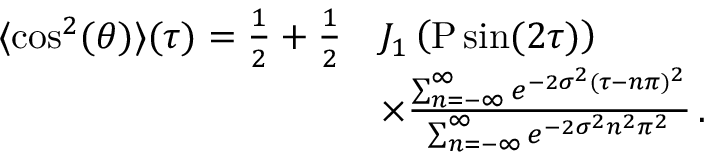
\begin{array} { r l } { \langle \cos ^ { 2 } ( \theta ) \rangle ( \tau ) = \frac { 1 } { 2 } + \frac { 1 } { 2 } } & { J _ { 1 } \left( \mathrm { P } \sin ( 2 \tau ) \right) } \\ & { \times \frac { \sum _ { n = - \infty } ^ { \infty } e ^ { - 2 \sigma ^ { 2 } ( \tau - n \pi ) ^ { 2 } } } { \sum _ { n = - \infty } ^ { \infty } e ^ { - 2 \sigma ^ { 2 } n ^ { 2 } \pi ^ { 2 } } } \, . } \end{array}